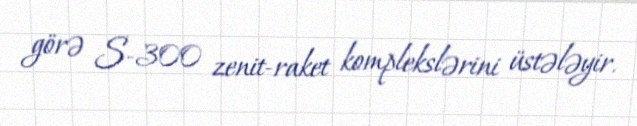
görə S-300 zenit-raket komplekslərini üstələyir.